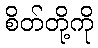
စိတ်တို့ကို